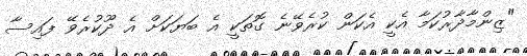
"ޒިންމާދާރުކަމާ އެކީ އެކަން ކުރެވޭނެ ގޮތަކީ އެ ބަޔަކަށް އެ ދޫކުރެވޭ ފައިސާ